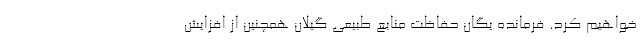
خواهیم کرد. فرمانده یگان حفاظت منابع طبیعی گیلان همچنین از افزایش